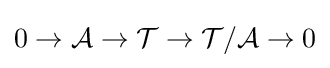
0\to {\mathcal {A}}\to {\mathcal {T}}\to {\mathcal {T}}/{\mathcal {A}}\to 0